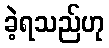
ခဲ့ရသည်ဟု